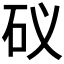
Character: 𥐟